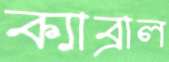
ক্যাব্রাল